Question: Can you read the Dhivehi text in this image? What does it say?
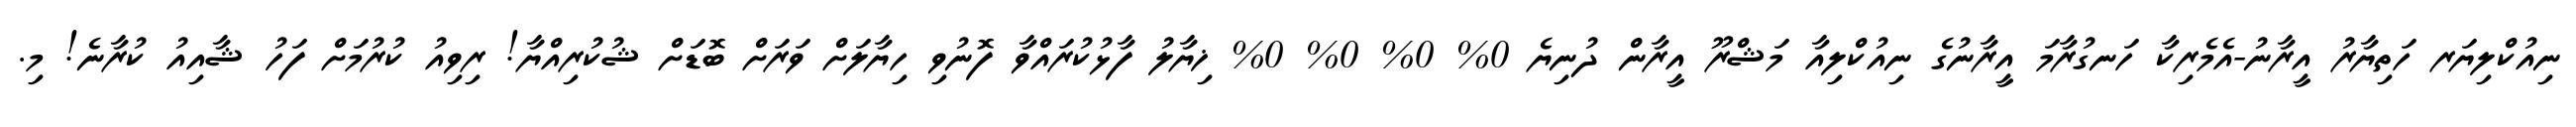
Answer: ނިއުކްލިޔަރ ހަތިޔާރު އީރާނު-އެމެރިކާ ހަނގުރާމަ އީރާނުގެ ނިއުކްލިއާ މަޝްރޫ އީރާން ދުނިޔެ 0% 0% 0% 0% ޚިޔާލު ފާޅުކުރައްވާ ފޮނުވި ހިޔާލަށް ވަރަށް ބޮޑަށް ޝުކުރިއްޔާ! ރިވިއު ކުރުމަށް ފަހު ޝާއިއު ކުރާނެ! މި.